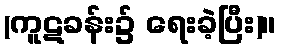
(ကူဋခန်း၌ ရေးခဲ့ပြီး)။